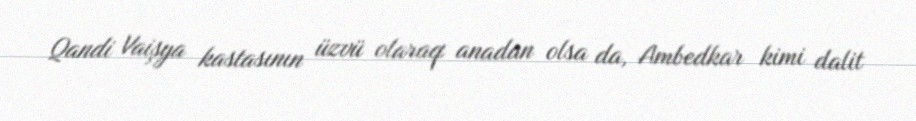
Qandi Vaişya kastasının üzvü olaraq anadan olsa da, Ambedkar kimi dalit